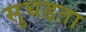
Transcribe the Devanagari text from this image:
सुघडता